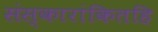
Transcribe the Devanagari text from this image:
संस्कारांकितहि